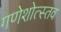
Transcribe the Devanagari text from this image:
गणेशोत्स्तव